Vaccination in Bombay 1856-1862 - 1856-1862
Year: 1856
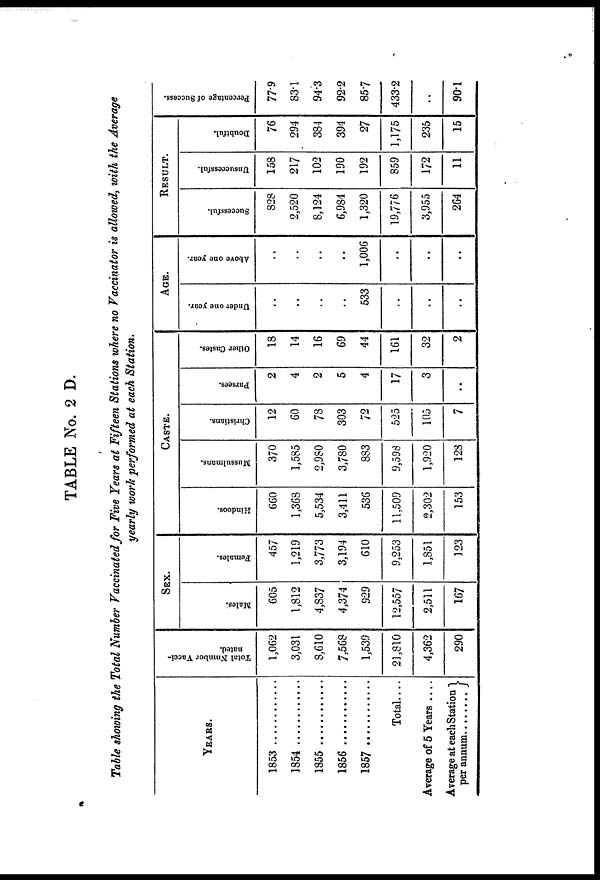
TABLE No. 2 D.
Table showing the Total Number Vaccinated for Five Years at Fifteen Stations where no Vaccinator is allowed, with the Average
yearly work performed at each Station.
YEARS.
1853
1854
1855
1856...........
1857..........
Total....
Average of 5 Years ....
Average at each Station
per annum........
Total Number Vacci-
nated.
1,062
3,031
8,610
7,568
1,539
21,810
4,362
290
SEX.
Males.
605
1,812
4,837
4,374
929
12,557
2,511
167
Females.
457
1,219
3,773
3,194
610
9,253
1,851
123
CASTE.
Hindoos.
660
1,368
5,534
3,411
536
11,509
2,302
153
Mussulmans.
370
1,585
2,980
3,780
883
9,598
1,920
128
Christians.
12
60
78
303
72
525
105
7
Farsees.
2
4
2
5
4
17
3
..
Other Castes.
18
14
16
69
44
161
32
2
AGE.
Under one year.
..
..
..
..
533
..
..
..
Above one year.
..
..
..
..
1,006
..
..
..
RESULT.
Successful.
828
2,520
8,124
6,984
1,320
19,776
3,955
264
Unsuccessful.
158
217
102
190
192
859
172
11
Doubtful.
76
294
384
394
27
1,175
235
15
Percentage of Success.
77.9
83.1
94.3
92.2
85.7
433.2
..
90.1